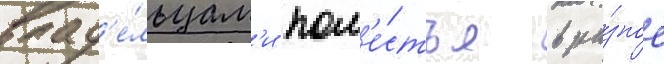
влад'е́льцам'и пом'е́стья в ра́зное